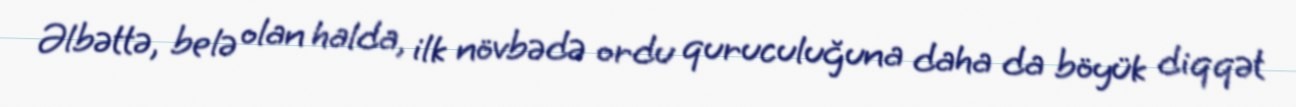
Əlbəttə, belə olan halda, ilk növbədə ordu quruculuğuna daha da böyük diqqət